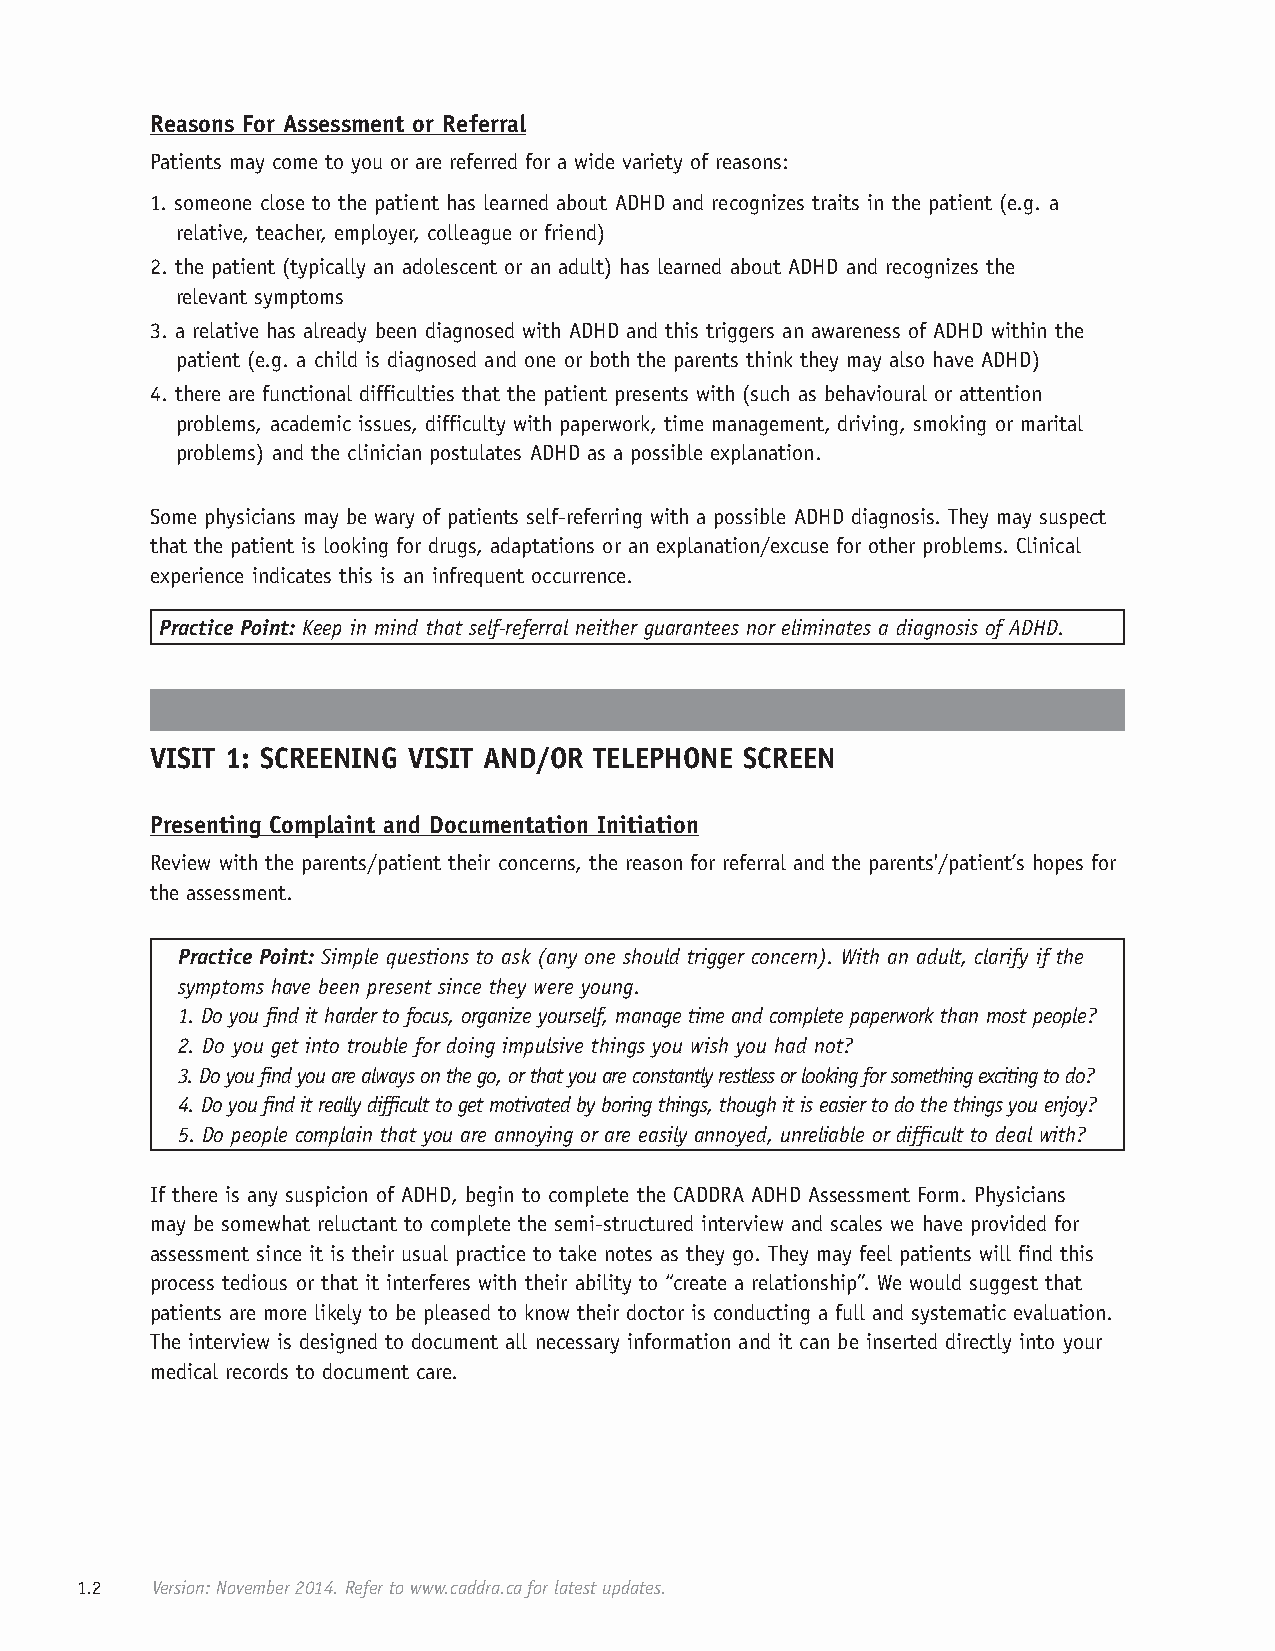
Reasons For Assessment or Referral
 Patients may come to you or are referred for a wide variety of reasons:
 1. someone close to the patient has learned about ADHD and recognizes traits in the patient (e.g. a
 relative, teacher, employer, colleague or friend)
 2. the patient (typically an adolescent or an adult) has learned about ADHD and recognizes the
 relevant symptoms
 3. a relative has already been diagnosed with ADHD and this triggers an awareness of ADHD within the
 patient (e.g. a child is diagnosed and one or both the parents think they may also have ADHD)
 4. there are functional difficulties that the patient presents with (such as behavioural or attention
 problems, academic issues, difficulty with paperwork, time management, driving, smoking or marital
 problems) and the clinician postulates ADHD as a possible explanation.
 Some physicians may be wary of patients self-referring with a possible ADHD diagnosis. They may suspect
 that the patient is looking for drugs, adaptations or an explanation/excuse for other problems. Clinical
 experience indicates this is an infrequent occurrence.
 Practice Point: Keep in mind that self-referral neither guarantees nor eliminates a diagnosis of ADHD.
 VISIT 1: SCREENING VISIT AND/OR TELEPHONE SCREEN
 Presenting Complaint and Documentation Initiation
 Review with the parents/patient their concerns, the reason for referral and the parents'/patient’s hopes for
 the assessment.
 Practice Point: Simple questions to ask (any one should trigger concern). With an adult, clarify if the
 symptoms have been present since they were young.
 1. Do you find it harder to focus, organize yourself, manage time and complete paperwork than most people?
 2. Do you get into trouble for doing impulsive things you wish you had not?
 3. Do you find you are always on the go, or that you are constantly restless or looking for something exciting to do?
 4. Do you find it really difficult to get motivated by boring things, though it is easier to do the things you enjoy?
 5. Do people complain that you are annoying or are easily annoyed, unreliable or difficult to deal with?
 If there is any suspicion of ADHD, begin to complete the CADDRA ADHD Assessment Form. Physicians
 may be somewhat reluctant to complete the semi-structured interview and scales we have provided for
 assessment since it is their usual practice to take notes as they go. They may feel patients will find this
 process tedious or that it interferes with their ability to “create a relationship”. We would suggest that
 patients are more likely to be pleased to know their doctor is conducting a full and systematic evaluation.
 The interview is designed to document all necessary information and it can be inserted directly into your
 medical records to document care.
 1.2  Version: November 2014. Refer to www.caddra.ca for latest updates.